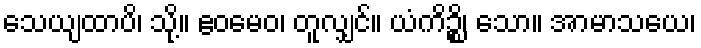
သေယျထာပိ၊ သို့။ ဧဝမေဝ၊ တူလျှင်။ ယံကိဉ္စိ၊ သော။ အာမာသယေ၊